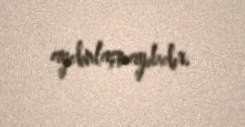
aydınlaşmayıbdır.